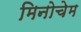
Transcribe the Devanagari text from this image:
मिनोचेम